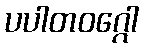
ပပါတဝဂ္ဂေါ